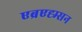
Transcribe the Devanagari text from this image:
एब्रएह्म्सन